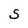
Character: S